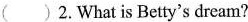
（ ） 2.What is Betty's dream?